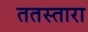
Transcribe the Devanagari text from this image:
ततस्तारा